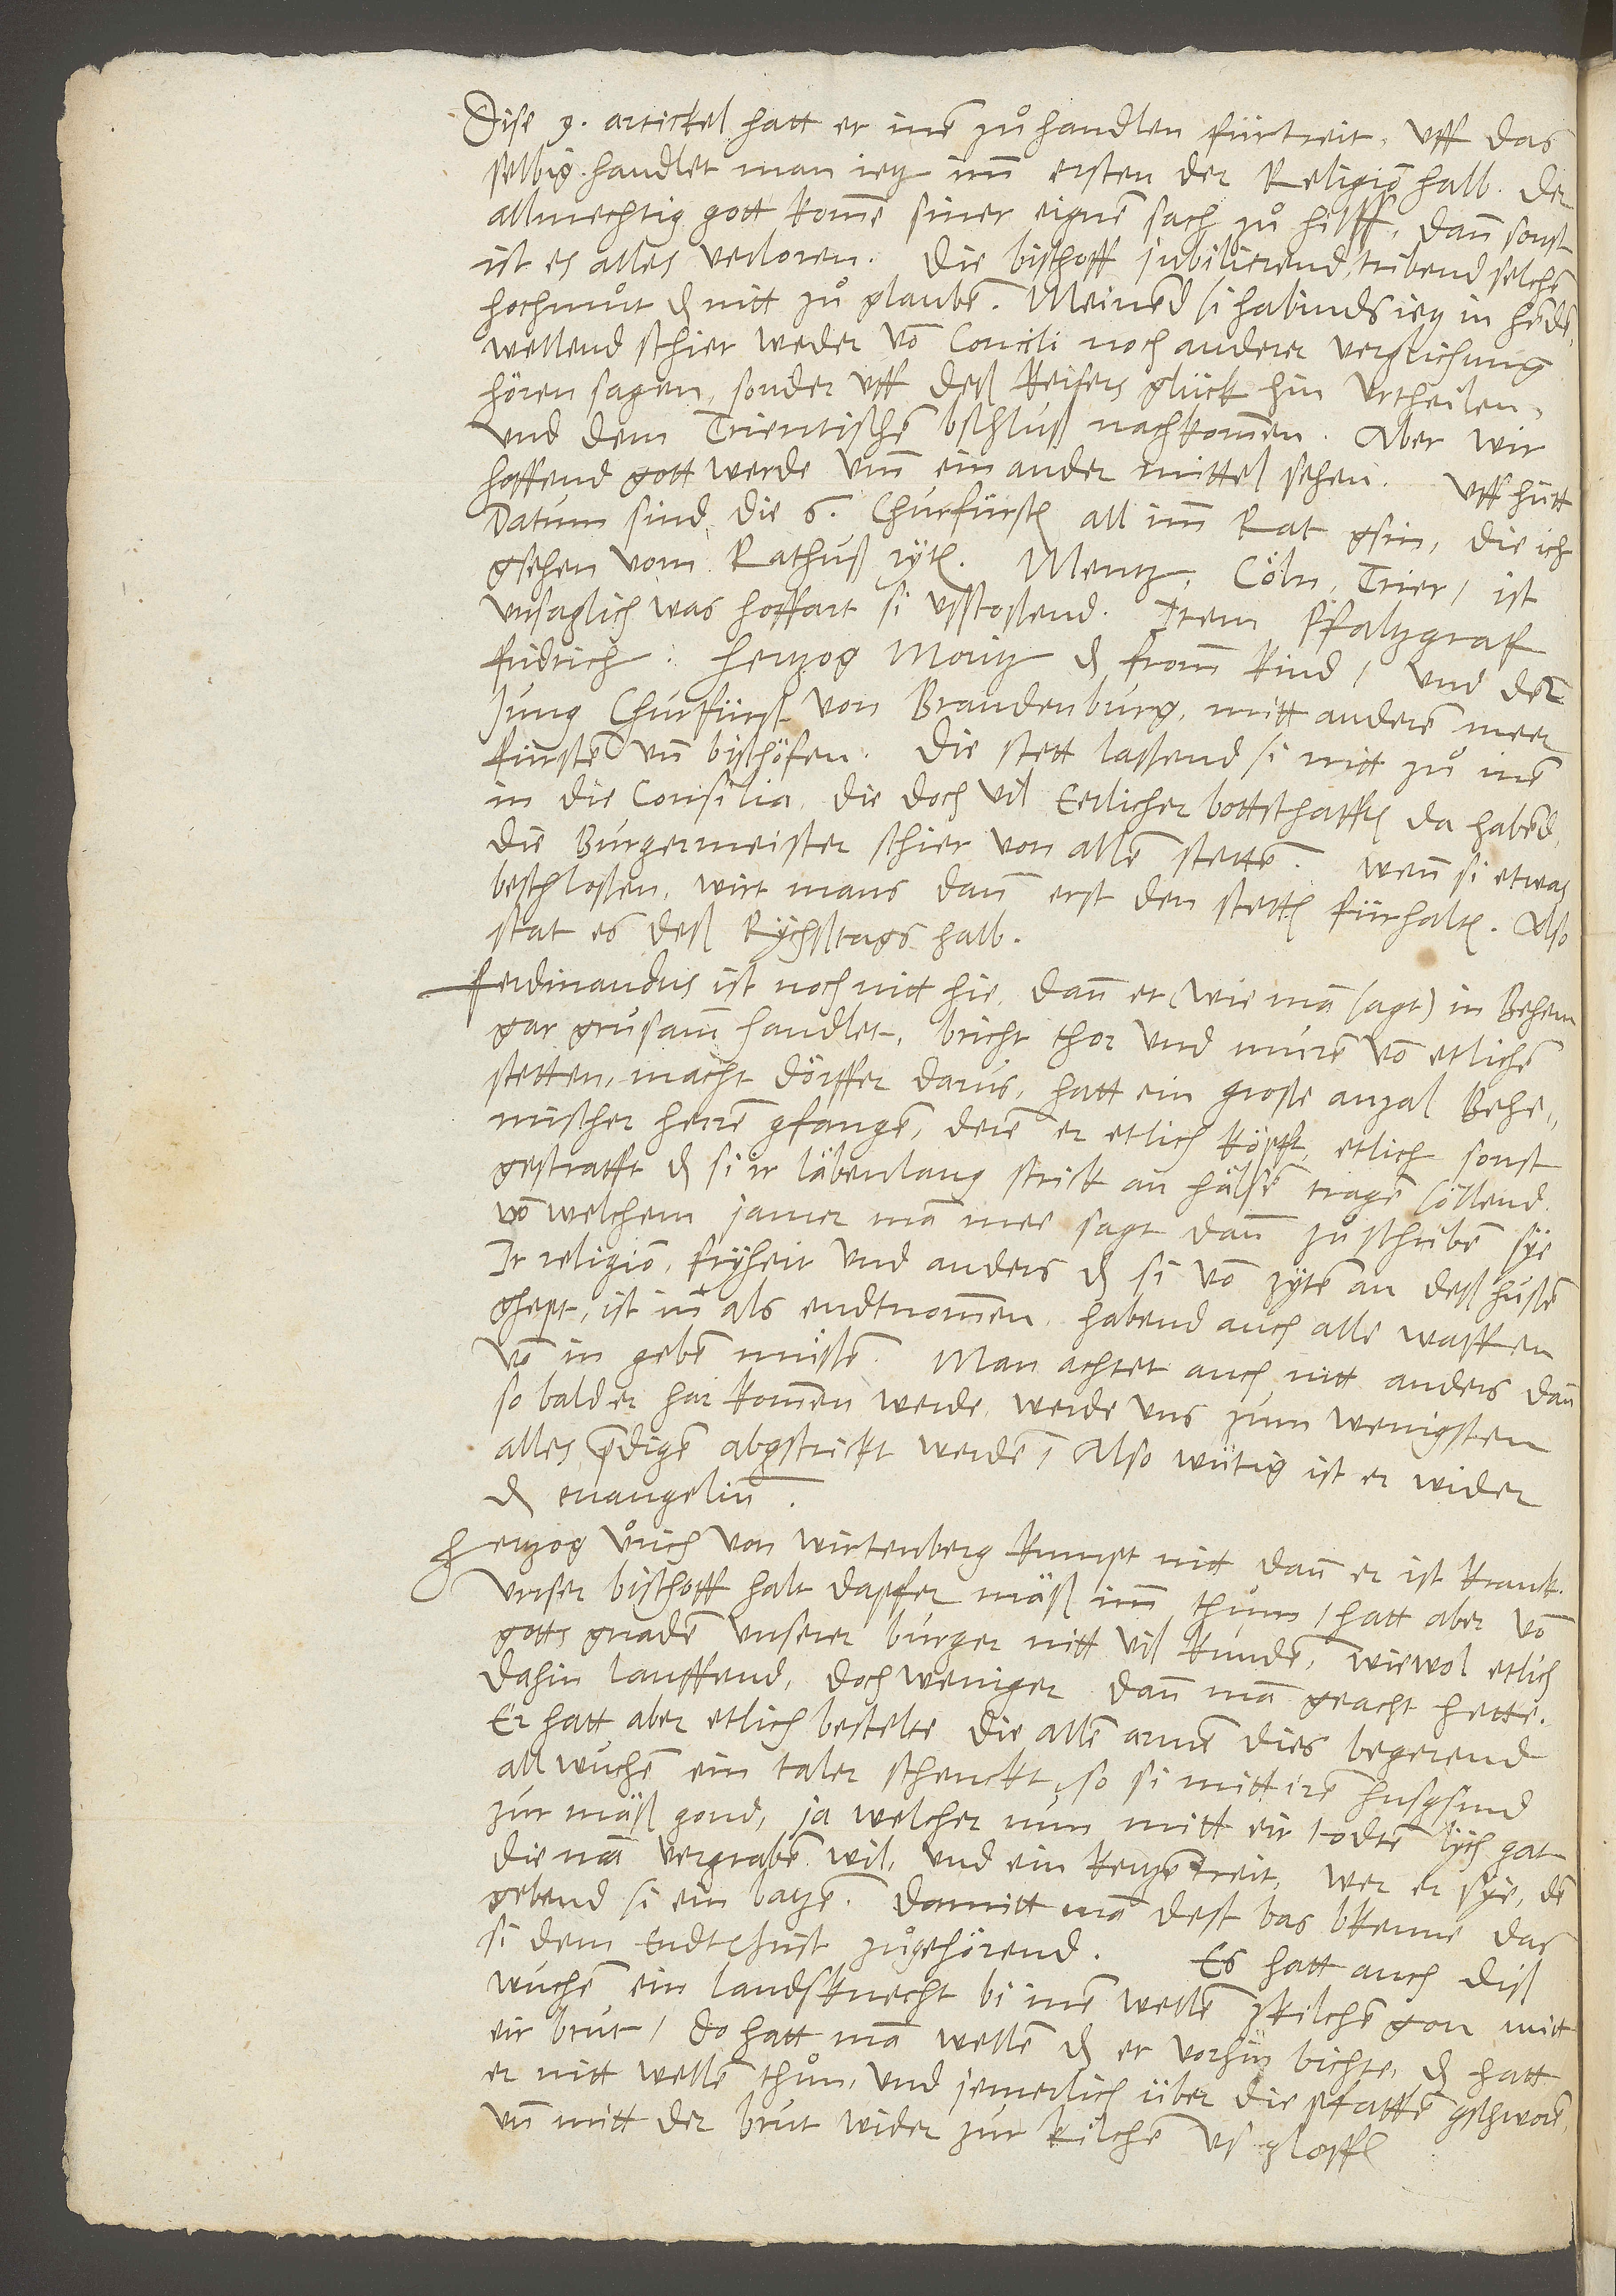
Dise 9 artickel hatt er inen zuͦ handten fürtreit. Uff das
selbig handlet man ietz imm ersten der Religion halb. Der
allmechtig gott komme siner eignen sach zuͦ hilff, dann sonst
ist es alles verloren! Die bischoff jubilierend, tribend selchen
hochmuͦt, das nitt zuͦ glauben. Meinend, si habinds ietz in henden.
Wellend schier weder vom concili noch anderer verglichung
hören sagen, sonder uff deß keisers glück hin urtheilen,
und dem Trientischen bschluß nachkommen. Aber wir
hoffend, gott werde umb ein ander mittel sehen. Uff hütt
datum sind die 6 churfürsten all imm rat gsin, die ich
gsehen vom rathuß ryten: Mentz, Cöln, Trier(ist
unsaglich, was hoffart si ußtoßend), item pfaltzgraf
Fridrich, hertzog Moritz, das fromm kind, und der
jung churfürst von Brandenburg, mitt anderen meer
fürsten und bischöfen. Die stett laßend si nitt zuͦ inen
in die consilia, die doch vil eerlicher bottschafften da habend
(die burgermeister schier von allen stetten). Wenn si etwas
beschloßen, wirt mans dann erst den stetten fürhalten. Also
stat es deß rychstags halb.
Ferdinandus ist noch nitt hie, dann er (wie man sagt) in Behem
gar grusamm handlet. Bricht thor und muren von etlichen
stetten; macht dörffer darus. Hatt ein große anzal behemischer
herren gfangen, deren er etlich köpft, etlich sonst
gestrafft, das si ir läbenlang strick an hälsen tragen söllend
(von welchem jamer man mee sagt, dann zuͦ schriben sye).
Ir religion, fryheit und anders, das si von zyten an deß Hussen
ghept, ist inn als endtnommen. Habend auch alle waffen
von in geben muͤßen. Man achtet auch nitt anders, dann,
so bald er harkommen werde, werde uns zum wenigsten
alles predigen abgstrickt werden. Also wütig ist er wider
das evangelium!
Hertzog Urich von Wirtenberg kumpt nitt, dann er ist krank.
Unser bischoff halt dapfer mäß imm thum. Hatt aber von
gotts gnaden unserer burger nitt vil kunden, wiewol etlich
dahin lauffend, doch weniger, dann man geacht hette.
Er hatt aber etlich bestelte, die allen armen, dies begerend,
all wuchen ein taler schenckt, so si mitt irem husgsind
zur mäß gond, ja welcher nun mitt eir todten lych gat,
die man vergraben wil, und ein kertzen treit, wer er sye, dem
gebend si ein batzen, damitt man dest bas bkenne, das
si dem Endtchrist zuͦgehörend. Es hatt auch diß
wuchen ein landsknecht bi inen wellen zkilchen gon mitt
eir brut. Do hatt man wellen, das er vorhin bichte. Das hatt
er nitt wellen thuͦn, und jemerlich über die pfaffen gschworen
und mitt der brut wider zur kilchen usgloffen.